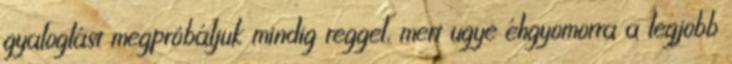
gyaloglást megpróbáljuk mindig reggel, mert ugye éhgyomorra a legjobb